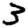
Digit: 3